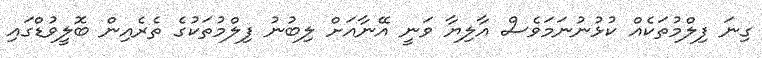
ގިނަ ފިލްމުތަކެއް ކުޅުނުނަމަވެސް އާލިޔާ ވަނީ އޭނާއަށް ލިބުނު ފިލްމުތަކުގެ ތެރެއިން ބޮލީވުޑްގައި